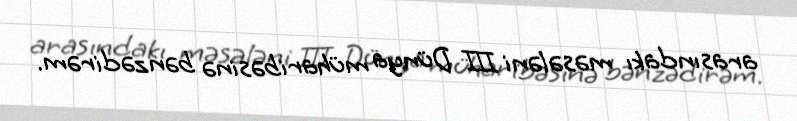
arasındakı məsələni III Dünya müharibəsinə bənzədirəm.